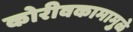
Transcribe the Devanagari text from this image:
कोरीवकामामुळे